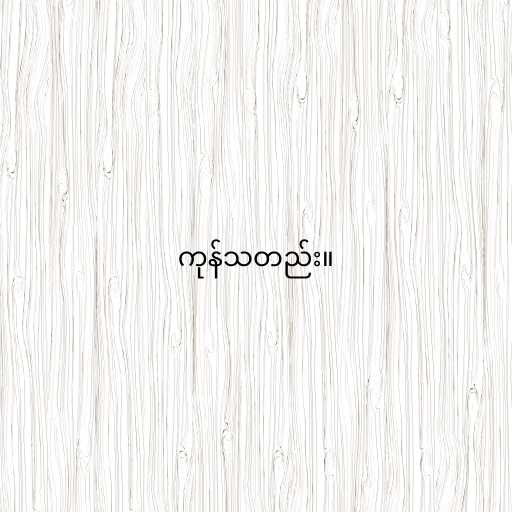
ကုန်သတည်း။